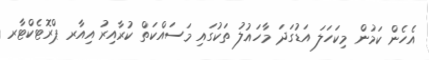
އެހެން ކަމުން މިކަހަލަ އަޑުގަދަ މާހައުލު ތަކުގައި މަސައްކަތް ކުރާއިރު އިއާރ ޕްރޮޓެކްޓާރ